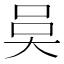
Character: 𭑍